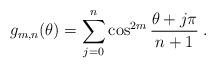
LaTeX: \begin{align*} g_{m,n}(\theta)=\sum_{j=0}^n \cos^{2m}{\theta+j\pi \over n+1}\;.\end{align*}